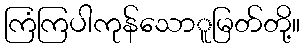
ကြံကြပါကုန်သောူမြတ်တို့။